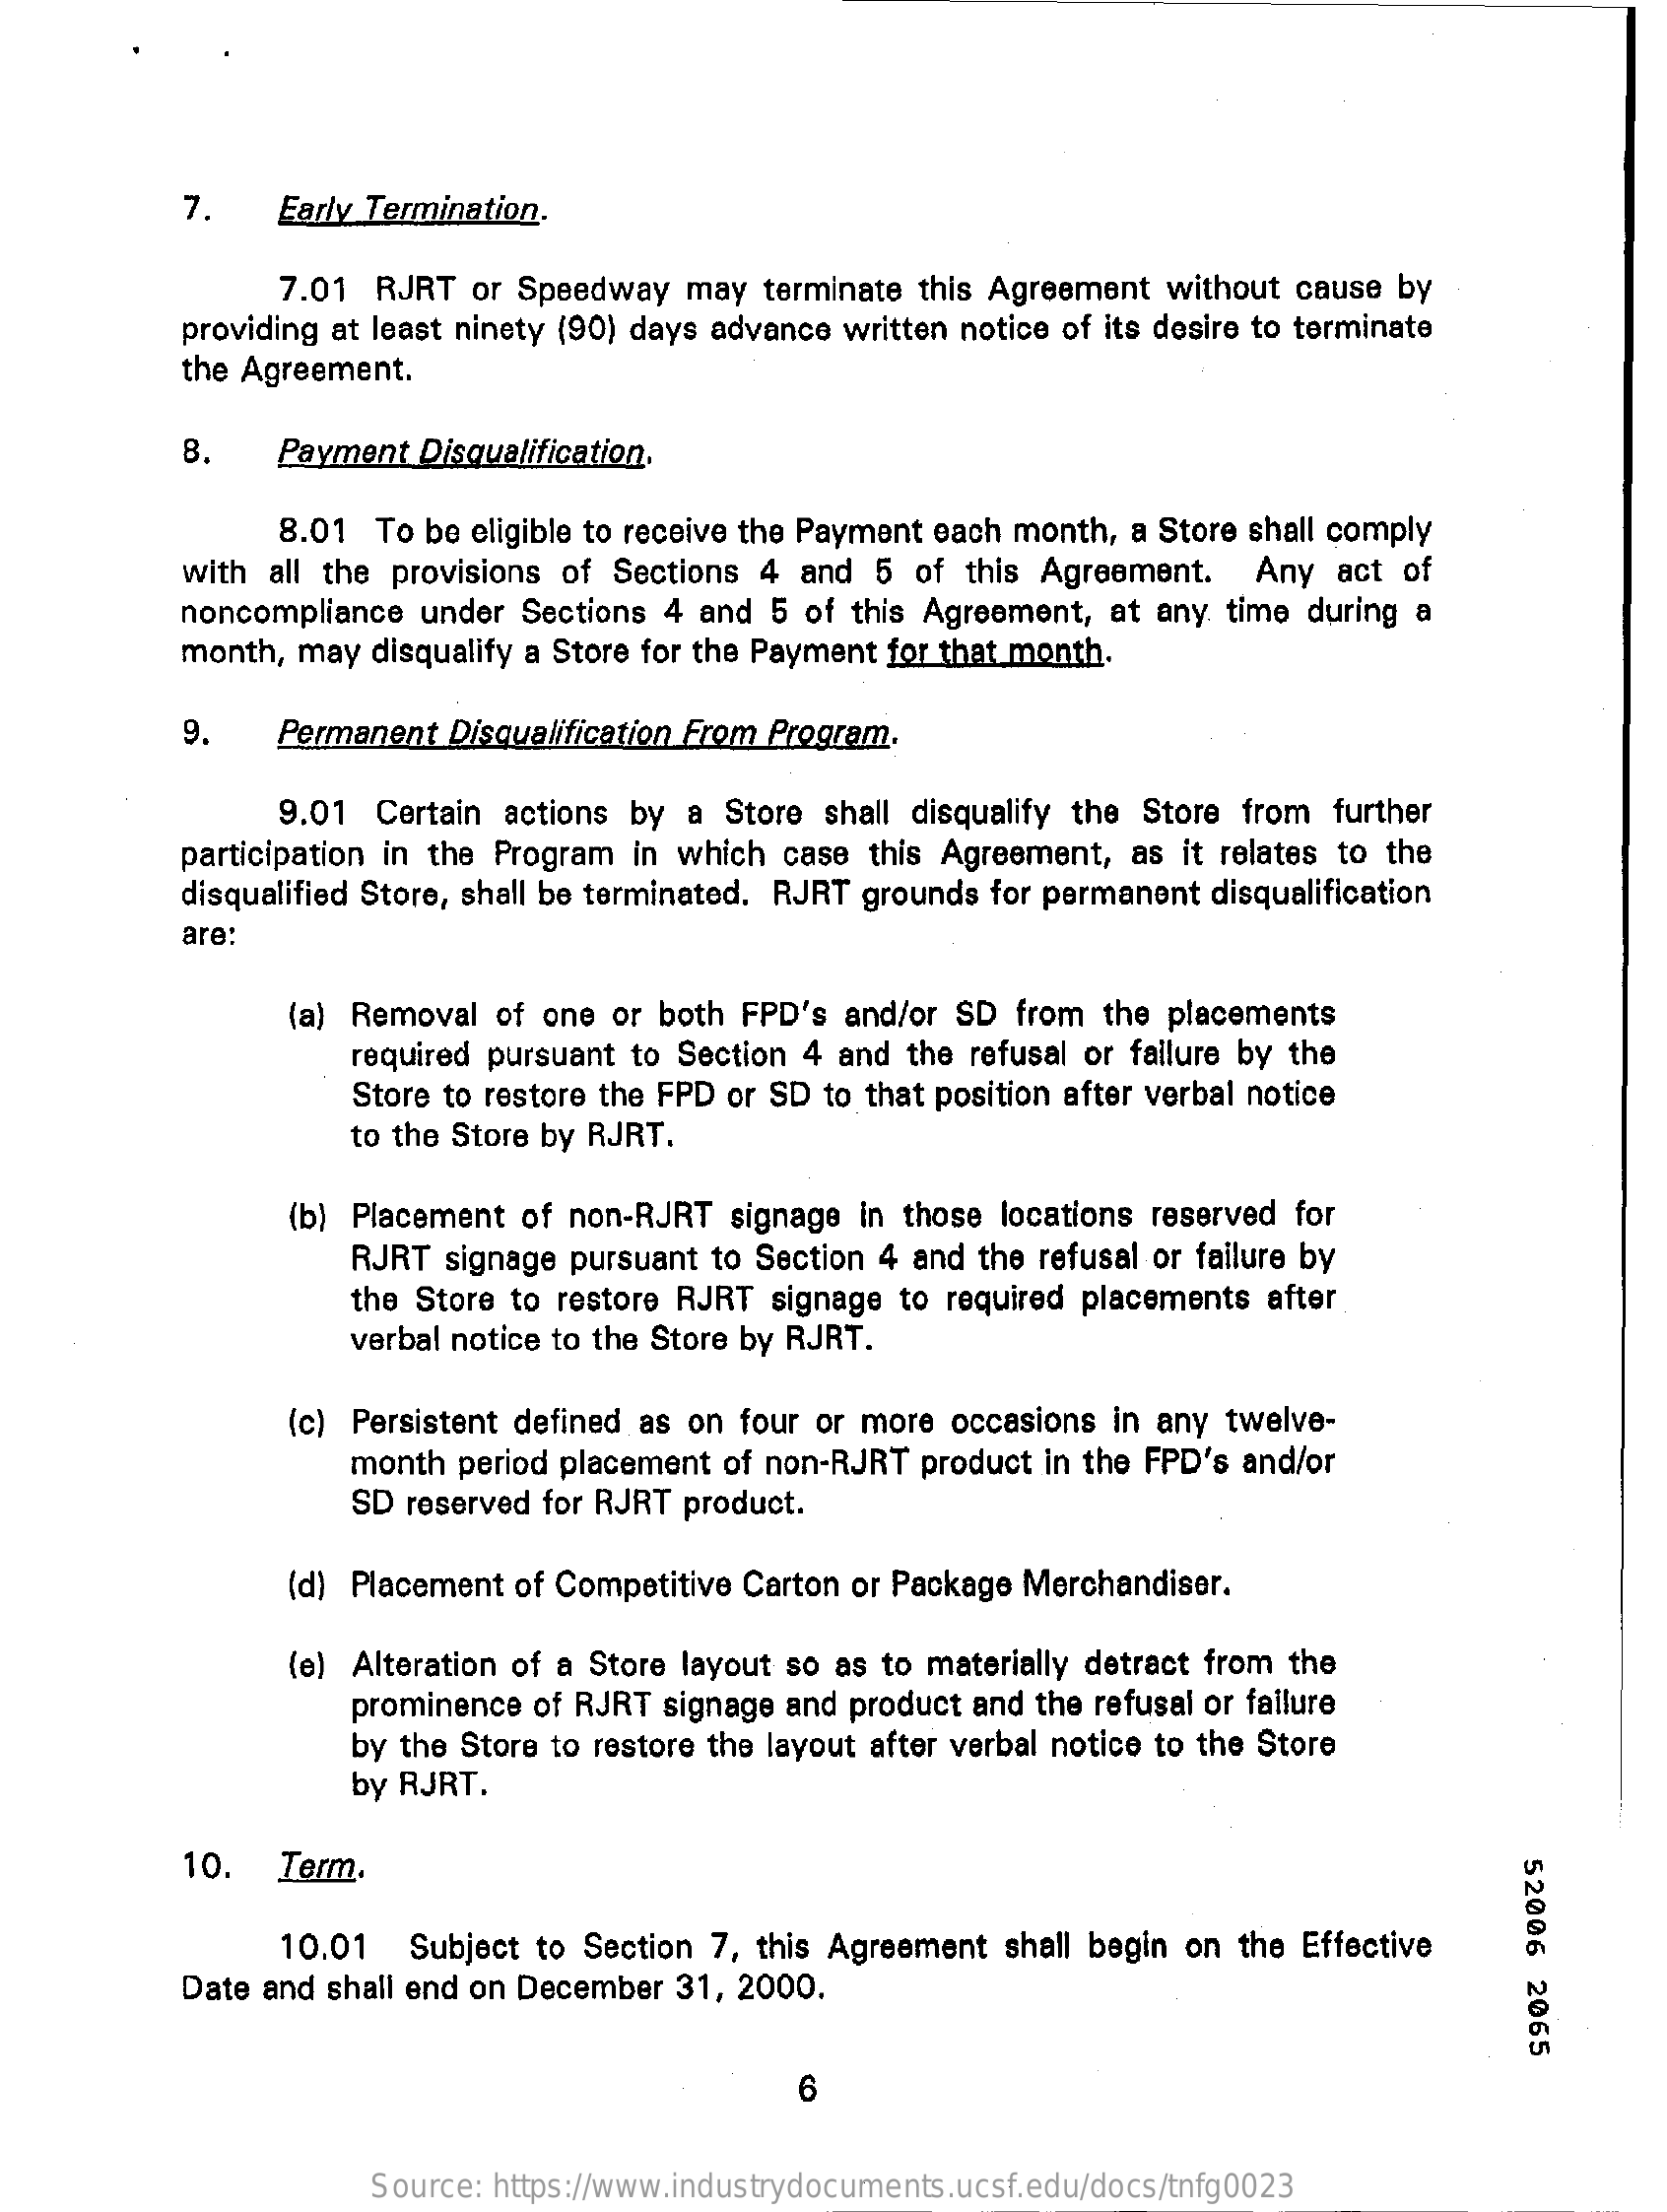
7.    Early Termination.
     7.01 RJRT  or Speedway  may  terminate this Agreement without cause by
     the Agreement.
     providing at least ninety (90) days advance written notice of its desire to terminate
     8.    Payment Disqualification.
     8.01  To be eligible to receive the Payment each month, a Store shall comply
     with all the provisions of Sections 4 and 5 of this Agreement.  Any  act of
     noncompliance under Sections 4 and 5 of this Agreement, at any time during a
     month, may disqualify a Store for the Payment for that month.
     9.    Permanent Disqualification From Program.
     9.01 Certain actions by a Store shall disqualify the Store from further
     participation in the Program in which case this Agreement, as it relates to the
     disqualified Store, shall be terminated. RJRT grounds for permanent disqualification
     are:
     (a) Removal of one or both FPD's and/or SD from the placements
     required pursuant to Section 4 and the refusal or failure by the
     Store to restore the FPD or SD to that position after verbal notice
     to the Store by RJRT.
     (b) Placement of non-RJRT signage in those locations reserved for
     RJRT  signage pursuant to Section 4 and the refusal or failure by
     the Store to restore RJRT signage to required placements after
     verbal notice to the Store by RJRT.
     (c) Persistent defined as on four or more occasions in any twelve-
     month period placement of non-RJRT product in the FPD's and/or
     SD reserved for RJRT product.
     (d) Placement of Competitive Carton or Package Merchandiser.
     (e) Alteration of a Store layout so as to materially detract from the
     prominence of RJRT signage and product and the refusal or failure
     by the Store to restore the layout after verbal notice to the Store
     by RJRT.
     10.   Term.
     52006
     2065
     10.01  Subject to Section 7, this Agreement shall begin on the Effective
     Date and shall end on December 31, 2000.
     6
     Source: https://www.industrydocuments.ucsf.edu/docs/tnfg0023